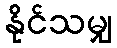
နိုင်သမျှ